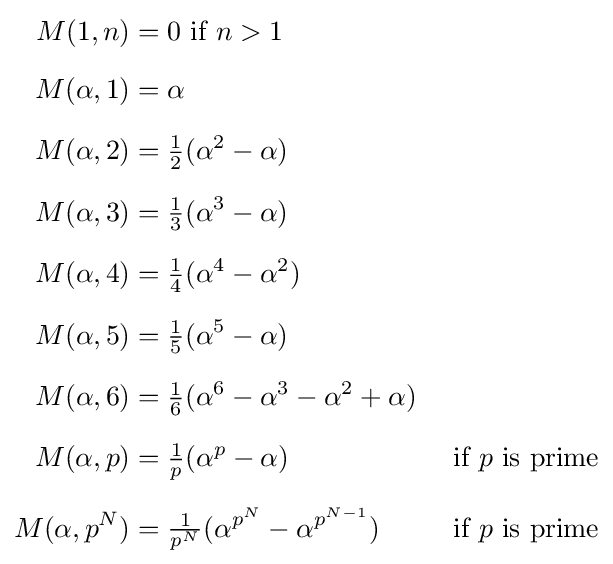
{\begin{aligned}M(1,n)&=0{\text{ if }}n>1\\[6pt]M(\alpha ,1)&=\alpha \\[6pt]M(\alpha ,2)&={\tfrac {1}{2}}(\alpha ^{2}-\alpha )\\[6pt]M(\alpha ,3)&={\tfrac {1}{3}}(\alpha ^{3}-\alpha )\\[6pt]M(\alpha ,4)&={\tfrac {1}{4}}(\alpha ^{4}-\alpha ^{2})\\[6pt]M(\alpha ,5)&={\tfrac {1}{5}}(\alpha ^{5}-\alpha )\\[6pt]M(\alpha ,6)&={\tfrac {1}{6}}(\alpha ^{6}-\alpha ^{3}-\alpha ^{2}+\alpha )\\[6pt]M(\alpha ,p)&={\tfrac {1}{p}}(\alpha ^{p}-\alpha )&{\text{ if }}p{\text{ is prime}}\\[6pt]M(\alpha ,p^{N})&={\tfrac {1}{p^{N}}}(\alpha ^{p^{N}}-\alpha ^{p^{N-1}})&{\text{ if }}p{\text{ is prime}}\end{aligned}}